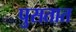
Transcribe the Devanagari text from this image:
पुसतात